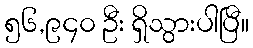
၅၆,၉၄၀ ဦး ရှိသွားပါပြီ။